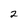
Character: 2